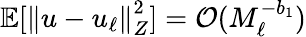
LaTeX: \mathbb{E}[\left\Vert u-u_{\ell}\right\Vert_{Z}^{2}]=\mathcal{O}(M_{\ell}^{-b_{1}})